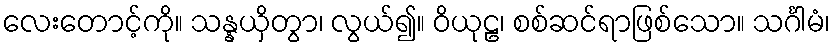
လေးတောင့်ကို။ သန္နယှိတွာ၊ လွယ်၍။ ဝိယုဠ၊ စစ်ဆင်ရာဖြစ်သော။ သင်္ဂါမံ၊